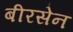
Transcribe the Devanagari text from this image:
बीरसेन